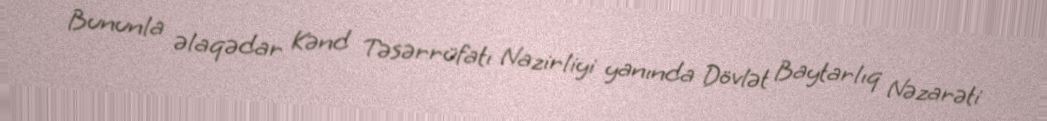
Bununla əlaqədar Kənd Təsərrüfatı Nazirliyi yanında Dövlət Baytarlıq Nəzarəti